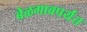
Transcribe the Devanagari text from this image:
बेळगावपर्यंत